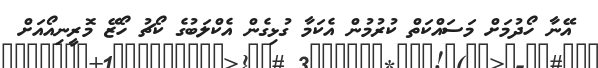
އޭނާ ހޯދުމަށް މަސައްކަތް ކުރުމުން އެކަމާ ގުޅިގެން އެކްލަބުގެ ކޯޗު ހޯޒޭ މޮރީނިއޯއަށް